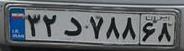
۳۲د۷۸۸۶۸